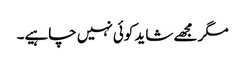
مگر مجھے شاید کوئی نہیں چاہیے۔